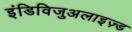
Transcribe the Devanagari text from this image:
इंडिविजुअलाइज़्ड